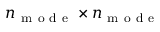
n _ { \mathrm { ~ m ~ o ~ d ~ e ~ } } \times n _ { \mathrm { ~ m ~ o ~ d ~ e ~ } }